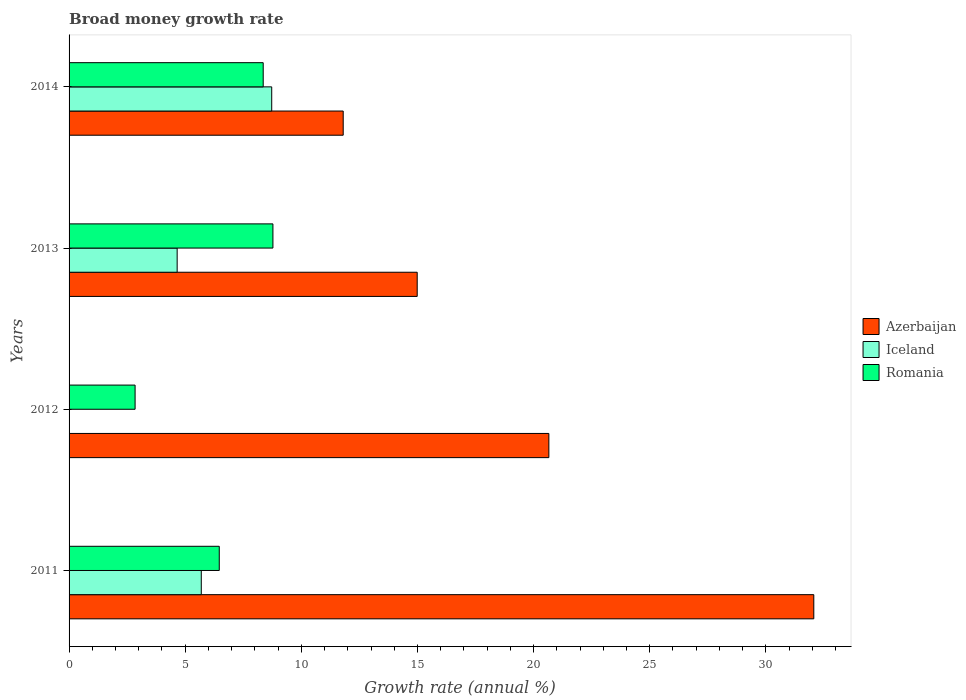
| Years | Azerbaijan | Iceland | Romania |
 | --- | --- | --- | --- |
 | 2011 | 32.1 | 5.69 | 6.47 |
 | 2012 | 20.7 | -4.57 | 2.84 |
 | 2013 | 15 | 4.65 | 8.78 |
 | 2014 | 11.8 | 8.73 | 8.36 |